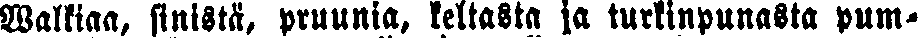
Walkiaa, sinistä, pruunia, keltasta ja turkinpunasta pum-